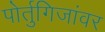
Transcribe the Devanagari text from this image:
पोर्तुगिजांवर